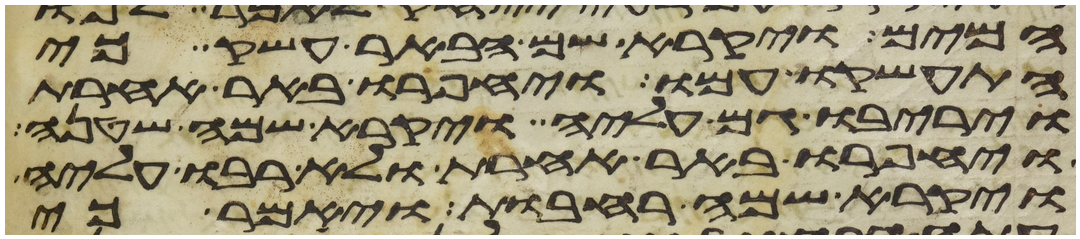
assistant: המים ויקרא שם הבאר עשק כי
התעשקו עמו ויחפרו באר אחרת
ויריבו גם עליה ויקרא שמה שטנה
ויחפרו באר אחרת ולא רבו עליה
ויקרא שמה רחבות ויאמר כי